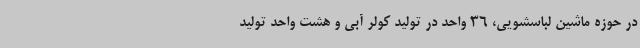
در حوزه ماشین لباسشویی، 36 واحد در تولید کولر آبی و هشت واحد تولید